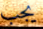
يجب